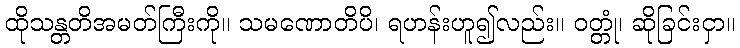
ထိုသန္တတိအမတ်ကြီးကို။ သမဏောတိပိ၊ ရဟန်းဟူ၍လည်း။ ဝတ္တုံ၊ ဆိုခြင်းငှာ။